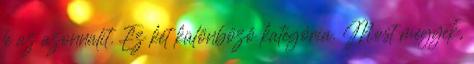
le az azonnalit. Ez két különböző kategória. Most megyek,